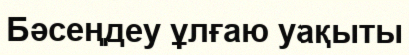
Бәсеңдеу ұлғаю уақыты